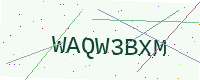
Text: WAQW3BXM